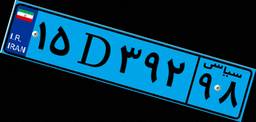
۲۴D۱۹۶۲۵